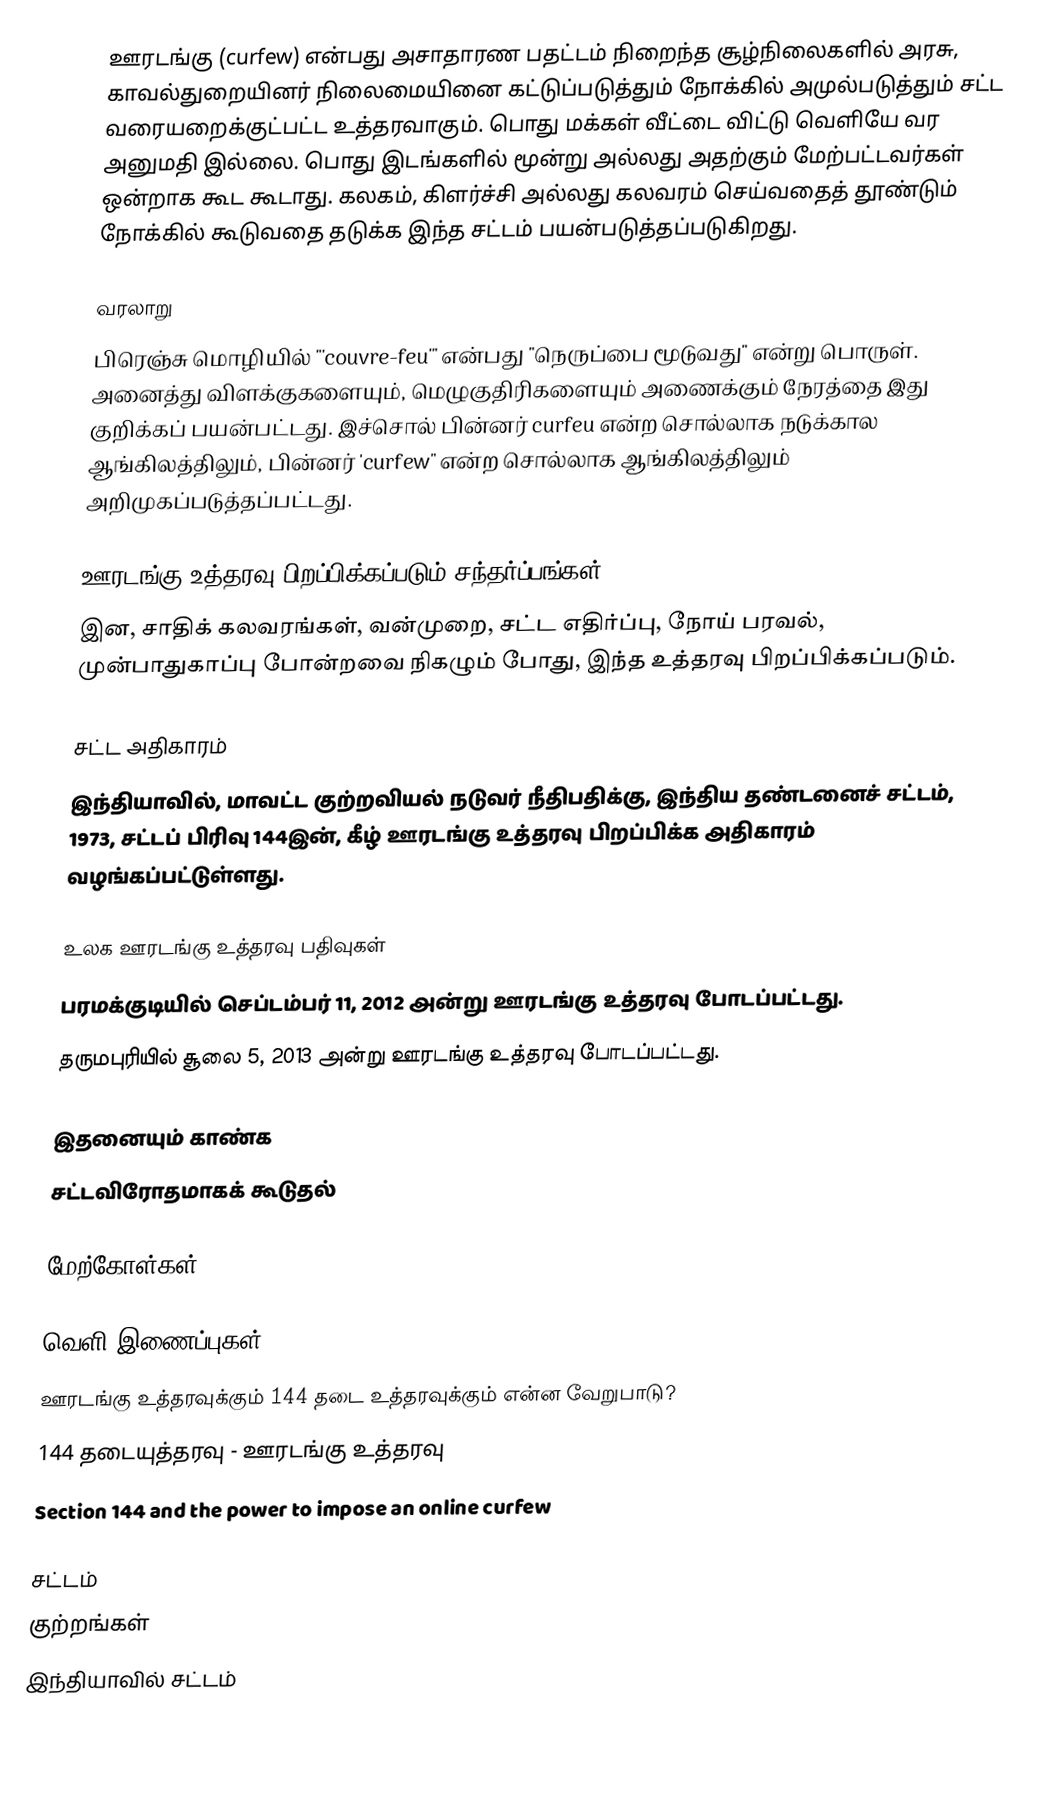
ஊரடங்கு (curfew) என்பது அசாதாரண பதட்டம் நிறைந்த சூழ்நிலைகளில் அரசு, காவல்துறையினர் நிலைமையினை கட்டுப்படுத்தும் நோக்கில் அமுல்படுத்தும் சட்ட வரையறைக்குட்பட்ட உத்தரவாகும். பொது மக்கள் வீட்டை விட்டு வெளியே வர அனுமதி இல்லை. பொது இடங்களில் மூன்று அல்லது அதற்கும் மேற்பட்டவர்கள் ஒன்றாக கூட கூடாது. கலகம், கிளர்ச்சி அல்லது கலவரம் செய்வதைத் தூண்டும் நோக்கில் கூடுவதை தடுக்க இந்த சட்டம் பயன்படுத்தப்படுகிறது.

வரலாறு
பிரெஞ்சு மொழியில் "'couvre-feu'" என்பது "நெருப்பை மூடுவது" என்று பொருள். அனைத்து விளக்குகளையும், மெழுகுதிரிகளையும் அணைக்கும் நேரத்தை இது குறிக்கப் பயன்பட்டது. இச்சொல் பின்னர் curfeu என்ற சொல்லாக நடுக்கால ஆங்கிலத்திலும், பின்னர் 'curfew" என்ற சொல்லாக ஆங்கிலத்திலும் அறிமுகப்படுத்தப்பட்டது.

ஊரடங்கு உத்தரவு பிறப்பிக்கப்படும் சந்தர்ப்பங்கள்
இன, சாதிக் கலவரங்கள், வன்முறை, சட்ட எதிர்ப்பு, நோய் பரவல், முன்பாதுகாப்பு போன்றவை நிகழும் போது, இந்த உத்தரவு பிறப்பிக்கப்படும்.

சட்ட அதிகாரம்
இந்தியாவில், மாவட்ட குற்றவியல் நடுவர் நீதிபதிக்கு, இந்திய தண்டனைச் சட்டம், 1973, சட்டப் பிரிவு 144இன், கீழ் ஊரடங்கு உத்தரவு பிறப்பிக்க அதிகாரம் வழங்கப்பட்டுள்ளது.

உலக  ஊரடங்கு உத்தரவு பதிவுகள்
 பரமக்குடியில் செப்டம்பர் 11, 2012 அன்று ஊரடங்கு உத்தரவு போடப்பட்டது.
 தருமபுரியில் சூலை 5, 2013 அன்று ஊரடங்கு உத்தரவு போடப்பட்டது.

இதனையும் காண்க
 சட்டவிரோதமாகக் கூடுதல்

மேற்கோள்கள்

வெளி இணைப்புகள்
  ஊரடங்கு உத்தரவுக்கும் 144 தடை உத்தரவுக்கும் என்ன வேறுபாடு?
 144 தடையுத்தரவு - ஊரடங்கு உத்தரவு
  Section 144 and the power to impose an online curfew

சட்டம்
குற்றங்கள்
இந்தியாவில் சட்டம்